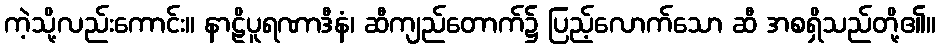
ကဲ့သို့လည်းကောင်း။ နာဠိပူရဏာဒီနံ၊ ဆီကျည်တောက်၌ ပြည့်လောက်သော ဆီ အစရှိသည်တို့၏။